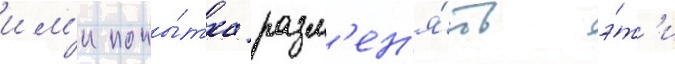
им'и попы́тка разм'ен'я́ть э́т'и